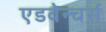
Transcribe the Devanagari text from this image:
एडवेन्चर्स